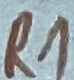
Text: R1